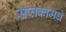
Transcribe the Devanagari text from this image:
सप्तकांमधे